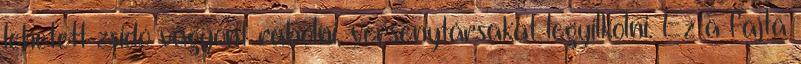
lehetett zsidó vagyont rabolni, versenytársakat legyilkolni. Ez a fajta